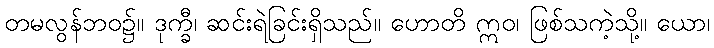
တမလွန်ဘဝ၌။ ဒုက္ခီ၊ ဆင်းရဲခြင်းရှိသည်။ ဟောတိ ဣဝ၊ ဖြစ်သကဲ့သို့။ ယော၊